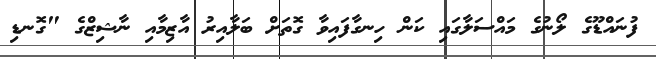
ފުނައްޑޫގެ ލޯނުގެ މައްސަލާގައި ކަން ހިނގާފައިވާ ގޮތަށް ބަލާއިރު އާޒިމާއި ނާޝިޒްގެ "ގޮނޑި